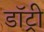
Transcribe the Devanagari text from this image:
डॉट्री